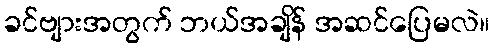
ခင်ဗျားအတွက် ဘယ်အချိန် အဆင်ပြေမလဲ။